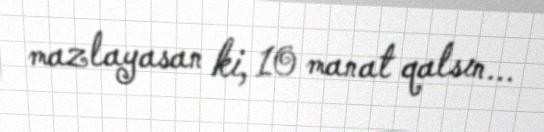
mazlayasan ki, 10 manat qalsın...